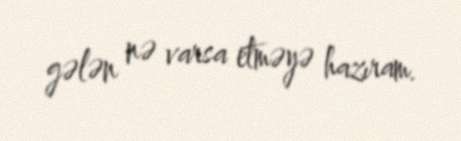
gələn nə varsa etməyə hazıram.